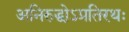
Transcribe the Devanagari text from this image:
अनिरुद्धोऽप्रतिरथः